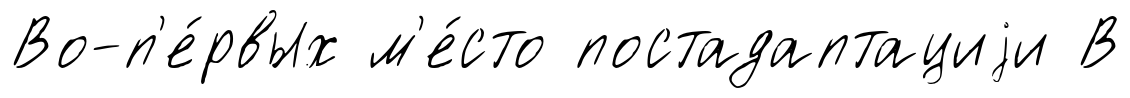
Во-п'е́рвых м'е́сто постадаптациjи В